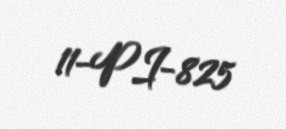
11-PI-825